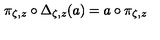
\pi _ { \zeta , z } \circ \Delta _ { \zeta , z } ( a ) = a \circ \pi _ { \zeta , z }